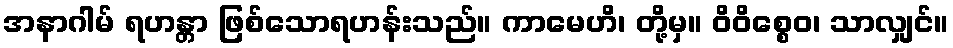
အနာဂါမ် ရဟန္တာ ဖြစ်သောရဟန်းသည်။ ကာမေဟိ၊ တို့မှ။ ဝိဝိစ္စေဝ၊ သာလျှင်။